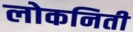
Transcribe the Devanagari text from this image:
लोकनिती